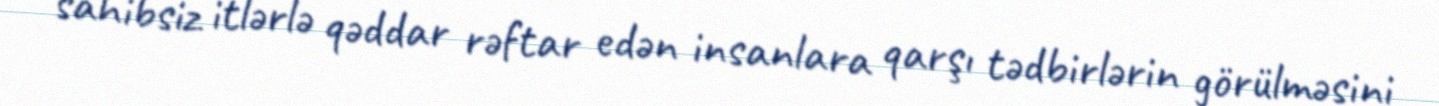
sahibsiz itlərlə qəddar rəftar edən insanlara qarşı tədbirlərin görülməsini